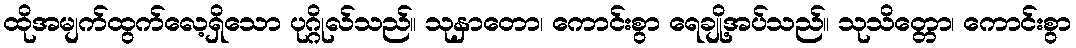
ထိုအမျက်ထွက်လေ့ရှိသော ပုဂ္ဂိုလ်သည်။ သုနှာတော၊ ကောင်းစွာ ရေချို့အပ်သည်။ သုသိတ္တော၊ ကောင်းစွာ